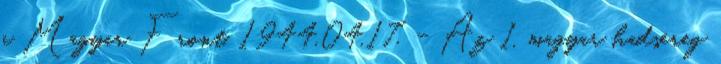
a Magyar Front. 1944.04.17. - Az 1. magyar hadsereg